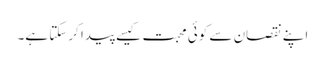
اپنے نقصان سے کوئی محبت کیسے پیدا کرسکتا ہے۔